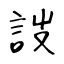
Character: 詜